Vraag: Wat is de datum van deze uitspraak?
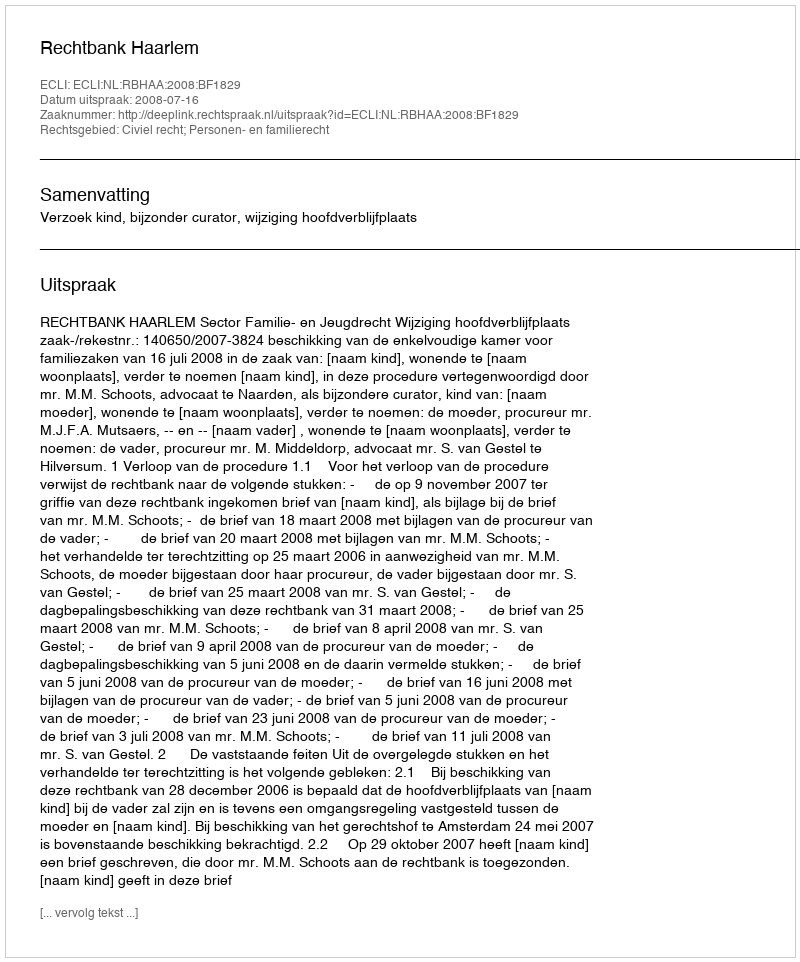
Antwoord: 2008-07-16